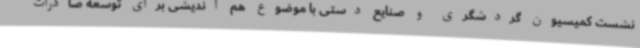
نشست کمیسیون گردشگری و صنایع دستی با موضوع هم اندیشی برای توسعه صادرات